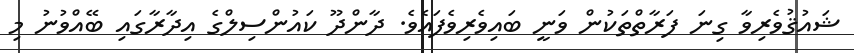
ޝައުޤުވެރިވާ ގިނަ ފަރާތްތަކުން ވަނީ ބައިވެރިވެފައެވެ. ދާންދޫ ކައުންސިލްގެ އިދާރާގައި ބޭއްވުނު މި